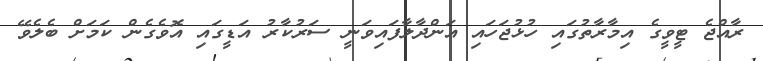
ރާއްޖެ ޓީވީގެ އިމާރާތުގައި ހުޅުޖަހައި އަންދާލާފައިވަނީ ސަރުކާރު އަޑީގައި އޮވެގެން ކަމަށް ބެލެވޭ